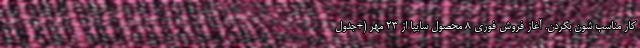
کار مناسب شون بگردن. آغاز فروش فوری 8 محصول سایپا از 23 مهر (+جدول